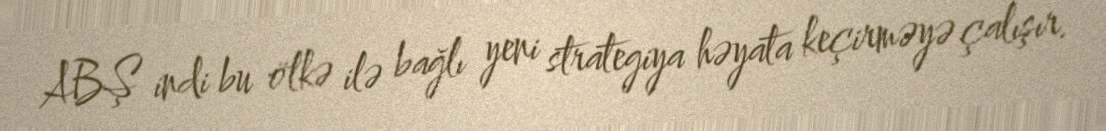
ABŞ indi bu ölkə ilə bağlı yeni strategiya həyata keçirməyə çalışır.